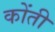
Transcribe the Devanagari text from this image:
कोंती